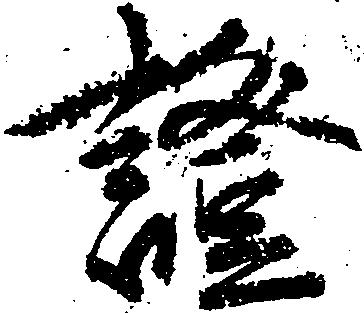
証